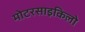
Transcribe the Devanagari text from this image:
मोटरसाइकिलो